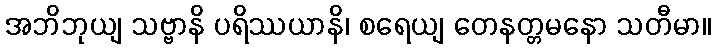
အဘိဘုယျ သဗ္ဗာနိ ပရိဿယာနိ၊ စရေယျ တေနတ္တမနော သတီမာ။